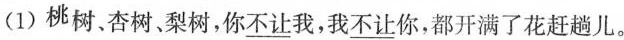
(1)桃树、杏树、梨树，你不让我，我不让你，都开满了花赶趟儿。